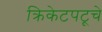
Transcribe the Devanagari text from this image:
क्रिकेटपटूचे